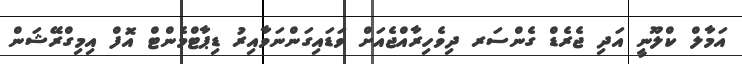
އަމާލް ކްލޫނީ އަދި ޖެރެޑް ގެންސަރ ދިވެހިރާއްޖެއަށް ވަޑައިގަންނަވާއިރު ޑިޕާޓްމެންޓް އޮފް އިމިގްރޭޝަން